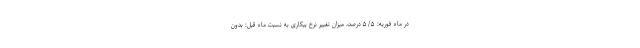
در ماه فوریه: ۵/۵ درصد، میزان تغییر نرخ بیکاری به نسبت ماه قبل: بدون